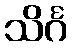
သိင်္ဂ